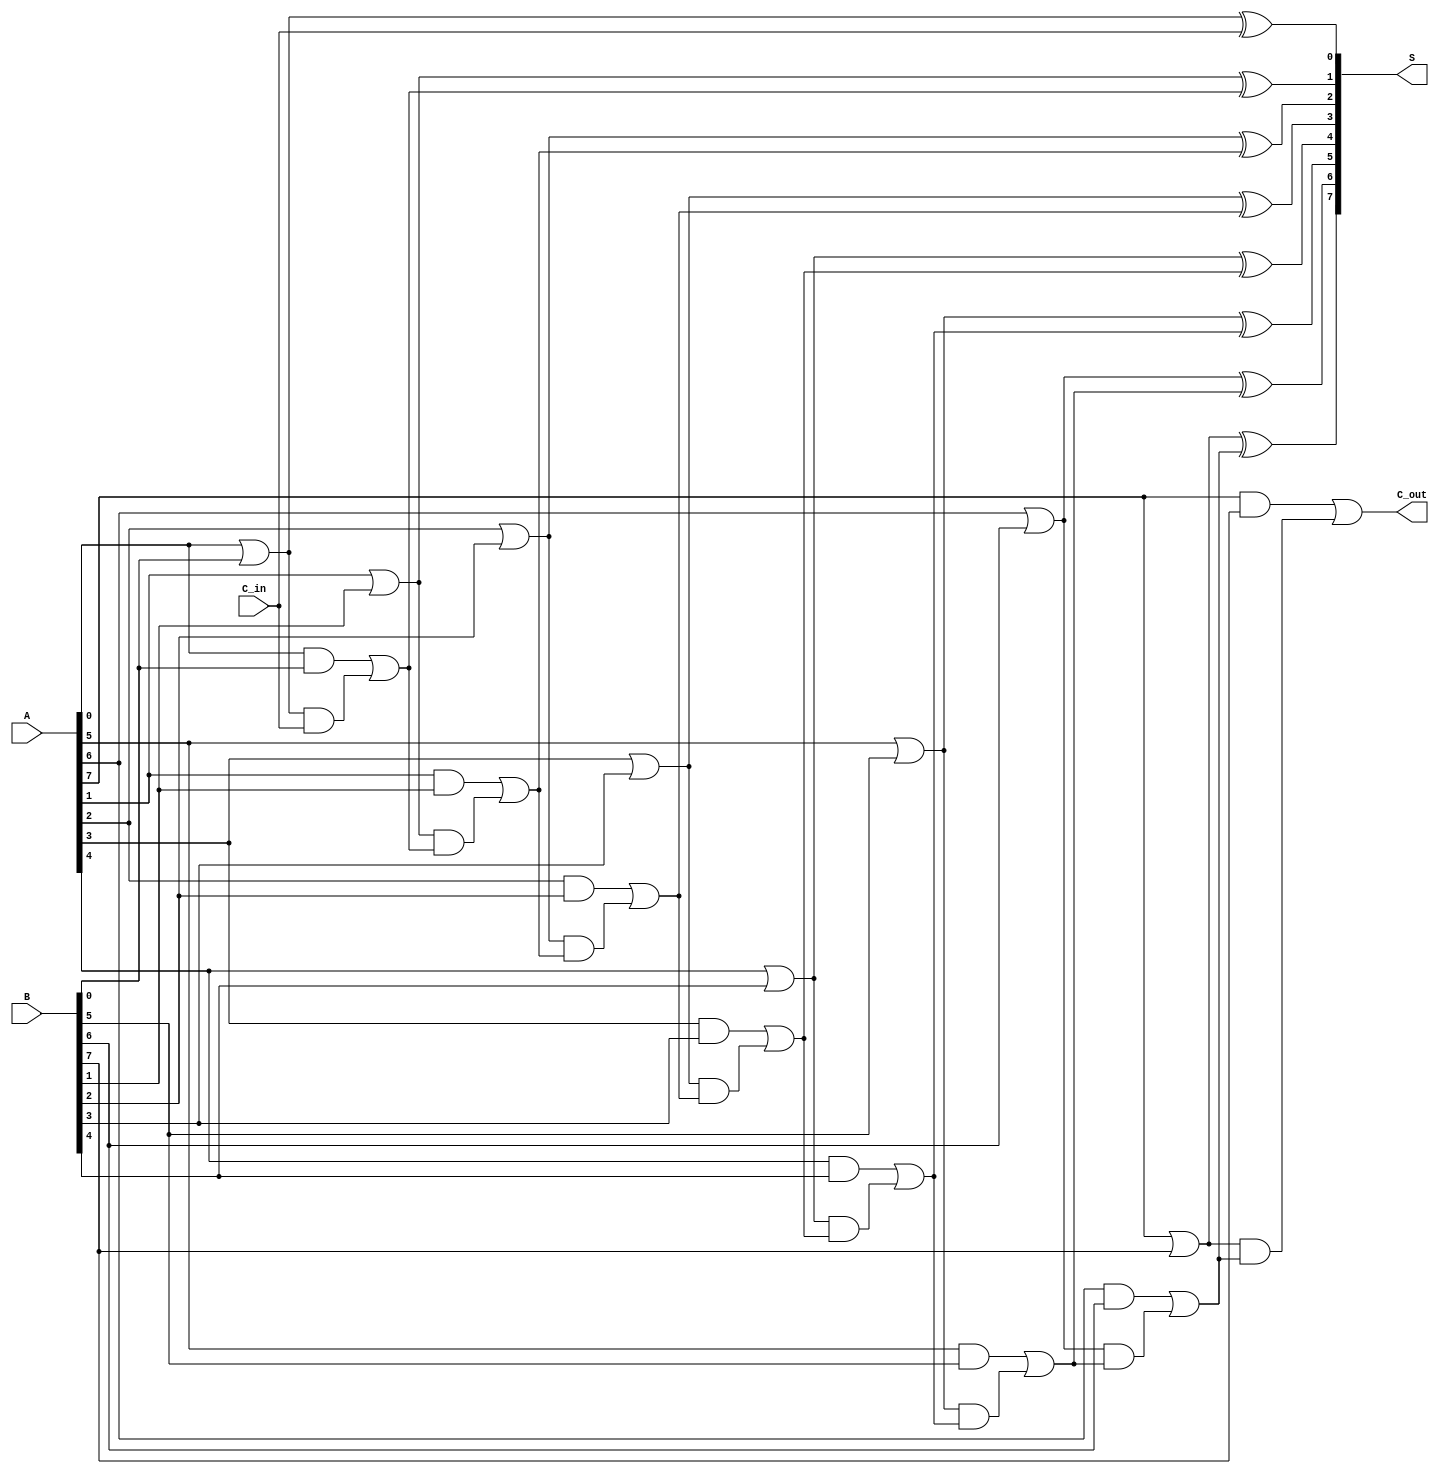
module SklanskyAdder #(parameter n = 8) (
    input  wire [n-1:0] A,       // First n-bit input
    input  wire [n-1:0] B,       // Second n-bit input
    input  wire C_in,            // Carry-in
    output wire [n-1:0] S,       // Sum output
    output wire C_out            // Carry-out
);

    // Generate and Propagate signals
    wire [n-1:0] G; // Generate
    wire [n-1:0] P; // Propagate
    wire [n:0] C;   // Carry signals

    assign C[0] = C_in; // Initialize C[0]

    // Generate and Propagate calculations for each bit
    genvar i;
    generate
        for (i = 0; i < n; i = i + 1) begin : gen_prop
            assign G[i] = A[i] & B[i]; // G[i] = A[i] * B[i]
            assign P[i] = A[i] | B[i]; // P[i] = A[i] + B[i]
        end
    endgenerate

    // Carry calculations
    generate
        for (i = 0; i < n; i = i + 1) begin : carry_calc
            if (i == 0) begin
                assign C[i+1] = G[i] | (P[i] & C[i]); // C[1] = G[0] + P[0] * C[0]
            end else begin
                assign C[i+1] = G[i] | (P[i] & C[i]); // C[i+1] = G[i] + P[i] * C[i]
            end
        end
    endgenerate

    // Sum calculation
    generate
        for (i = 0; i < n; i = i + 1) begin : sum_calc
            assign S[i] = P[i] ^ C[i]; // S[i] = P[i] XOR C[i]
        end
    endgenerate

    // Final carry-out
    assign C_out = C[n]; // Final carry-out

endmodule